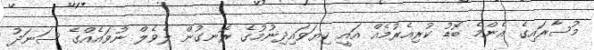
މުސާރައިގެ އެންމެ ބޮޑު ކުރިއެރުމެއް އައީ ކިޔަވައިދިނުމުގެ ރޮނގުން ލެވެލް ނުވައެއްގެ ސަނަދު